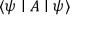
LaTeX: \langle \psi \mid A \mid \psi \rangle